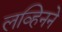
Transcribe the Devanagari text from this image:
लव्हिनने